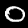
Digit: 0